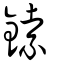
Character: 鎍